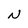
Character: N